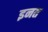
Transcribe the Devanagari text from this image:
इनत